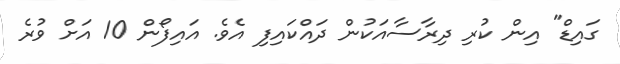
ގައިޑް" އިން ކުރި ދިރާސާއަކުން ދައްކައިފި އެވެ. އައިފޯން 10 އަށް ވުރެ